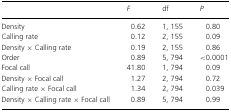
<table><thead><tr><td></td><td><b><i>F</i></b></td><td><b>df</b></td><td><b><i>P</i></b></td></tr></thead><tbody><tr><td>Density</td><td>0.62</td><td>1, 155</td><td>0.80</td></tr><tr><td>Calling rate</td><td>0.12</td><td>2, 155</td><td>0.09</td></tr><tr><td>Density × Calling rate</td><td>0.19</td><td>2, 155</td><td>0.86</td></tr><tr><td>Order</td><td>0.89</td><td>5, 794</td><td>&lt;0.0001</td></tr><tr><td>Focal call</td><td>41.80</td><td>1, 794</td><td>0.09</td></tr><tr><td>Density × Focal call</td><td>1.27</td><td>2, 794</td><td>0.72</td></tr><tr><td>Calling rate × Focal call</td><td>1.34</td><td>2, 794</td><td>0.039</td></tr><tr><td>Density × Calling rate × Focal call</td><td>0.89</td><td>5, 794</td><td>0.99</td></tr></tbody></table>